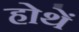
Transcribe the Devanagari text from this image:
होथें